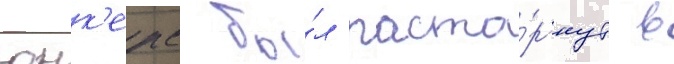
юнк'ерс бы́л расто́ргнут в